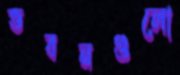
ভবনগুলো